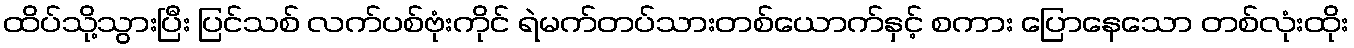
ထိပ်သို့သွားပြီး ပြင်သစ် လက်ပစ်ဗုံးကိုင် ရဲမက်တပ်သားတစ်ယောက်နှင့် စကား ပြောနေသော တစ်လုံးထိုး